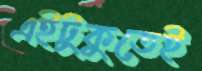
এইটুকুতেই